Indian journal of veterinary science and animal husbandry - Volume 12,
Year: 1942
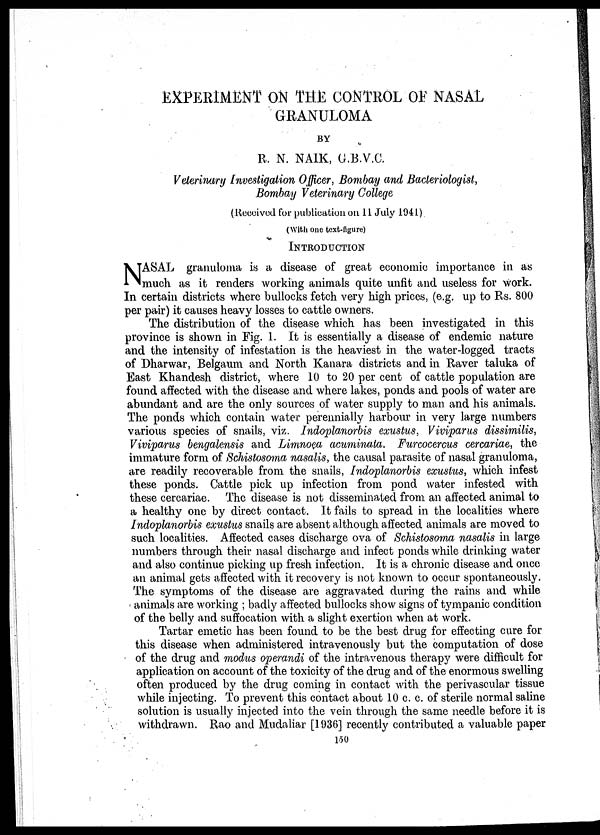
EXPERIMENT ON THE CONTROL OF NASAL
GRANULOMA
BY
R. N. NAIK, G.B.V.C.
Veterinary Investigation Officer, Bombay and Bacteriologist,
Bombay Veterinary College
(Received for publication on 11 July 1941)
(With one text-figure)
INTRODUCTION
N ASAL granuloma is a disease of great economic importance in as
much as it renders working animals quite unfit and useless for work.
In certain districts where bullocks fetch very high prices, (e.g. up to Rs. 800
per pair) it causes heavy losses to cattle owners.
The distribution of the disease which has been investigated in this
province is shown in Fig. 1. It is essentially a disease of endemic nature
and the intensity of infestation is the heaviest in the water-logged tracts
of Dharwar, Belgaum and North Kanara districts and in Raver taluka of
East Khandesh district, where 10 to 20 per cent of cattle population are
found affected with the disease and where lakes, ponds and pools of water are
abundant and are the only sources of water supply to man and his animals.
The ponds which contain water perennially harbour in very large numbers
various species of snails, viz. Indoplanorbis exustus, Viviparus dissimilis,
Viviparus bengalensis and Limnoea acuminata. Furcocercus cercariae, the
immature form of Schistosoma nasalis, the causal parasite of nasal granuloma,
are readily recoverable from the snails, Indoplanorbis exustus, which infest
these ponds. Cattle pick up infection from pond water infested with
these cercariae. The disease is not disseminated from an affected animal to
a healthy one by direct contact. It fails to spread in the localities where
Indoplanorbis exustus snails are absent although affected animals are moved to
such localities. Affected cases discharge ova of Schistosoma nasalis in large
numbers through their nasal discharge and infect ponds while drinking water
and also continue picking up fresh infection. It is a chronic disease and once
an animal gets affected with it recovery is not known to occur spontaneously.
The symptoms of the disease are aggravated during the rains and while
animals are working ; badly affected bullocks show signs of tympanic condition
of the belly and suffocation with a slight exertion when at work.
Tartar emetic has been found to be the best drug for effecting cure for
this disease when administered intravenously but the computation of dose
of the drug and modus operandi of the intravenous therapy were difficult for
application on account of the toxicity of the drug and of the enormous swelling
often produced by the drug coming in contact with the perivascular tissue
while injecting. To prevent this contact about 10 c. c. of sterile normal saline
solution is usually injected into the vein through the same needle before it is
withdrawn. Rao and Mudaliar [1936] recently contributed a valuable paper
150